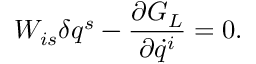
W _ { i s } \delta q ^ { s } - { \frac { \partial G _ { L } } { \partial \dot { q } ^ { i } } } = 0 .